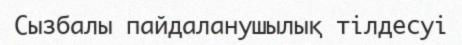
Сызбалы пайдаланушылық тілдесуі